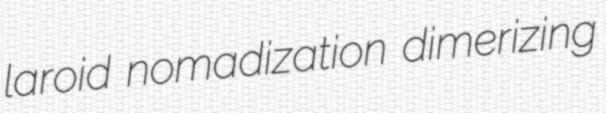
laroid nomadization dimerizing